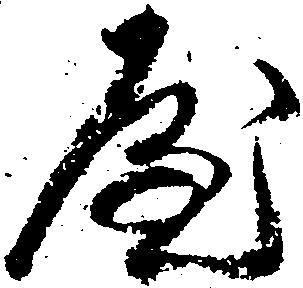
屋